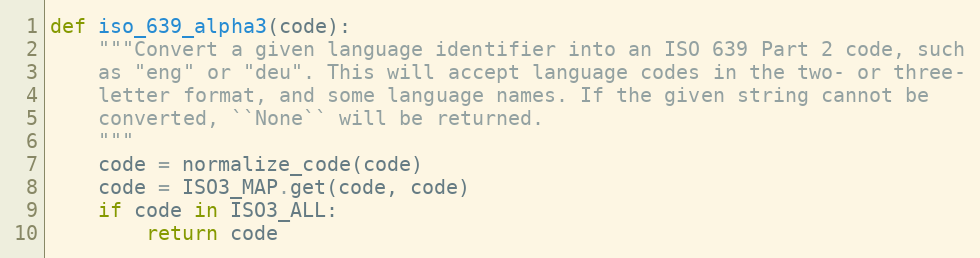
Language: Python
def iso_639_alpha3(code):
    """Convert a given language identifier into an ISO 639 Part 2 code, such
    as "eng" or "deu". This will accept language codes in the two- or three-
    letter format, and some language names. If the given string cannot be
    converted, ``None`` will be returned.
    """
    code = normalize_code(code)
    code = ISO3_MAP.get(code, code)
    if code in ISO3_ALL:
        return code